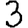
Digit: 3